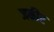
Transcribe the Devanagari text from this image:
जकीर